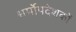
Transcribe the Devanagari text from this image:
धर्मोपदेशकों